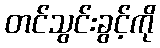
တင်သွင်းခွင့်ကို